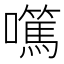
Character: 𡄍